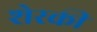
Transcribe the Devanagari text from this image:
शेरकी